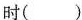
时()